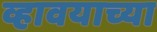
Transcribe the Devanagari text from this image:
व्हावयाच्या